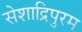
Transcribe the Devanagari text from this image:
सेशाद्रिपुरम